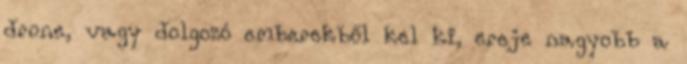
drone, vagy dolgozó emberekből kel ki, ereje nagyobb a